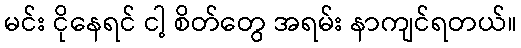
မင်း ငိုနေရင် ငါ့ စိတ်တွေ အရမ်း နာကျင်ရတယ်။